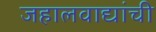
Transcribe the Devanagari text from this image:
जहालवाद्यांची